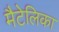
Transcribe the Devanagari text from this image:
मैटेलिका